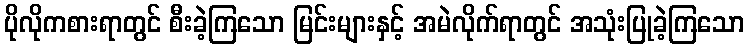
ပိုလိုကစားရာတွင် စီးခဲ့ကြသော မြင်းများနှင့် အမဲလိုက်ရာတွင် အသုံးပြုခဲ့ကြသော